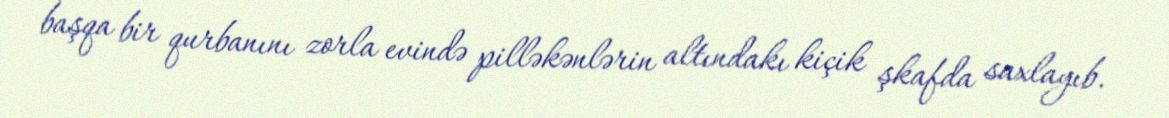
başqa bir qurbanını zorla evində pilləkənlərin altındakı kiçik şkafda saxlayıb.